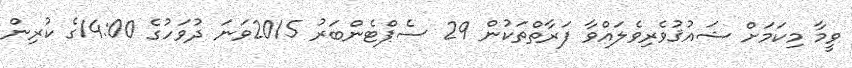
ވީމާ މިކަމަށް ޝައުޤުވެރިވެލައްވާ ފަރާތްތަކުން 29 ސެޕްޓެންބަރު 2015ވަނަ ދުވަހުގެ 14:00ގެ ކުރިން